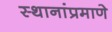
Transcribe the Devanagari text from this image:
स्थानांप्रमाणे